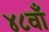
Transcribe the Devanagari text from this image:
४८वाँ